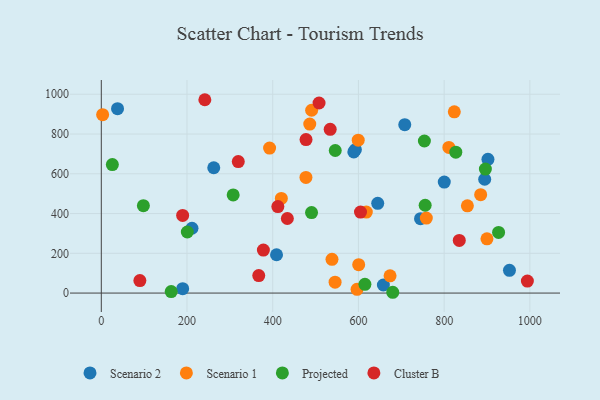
{"axis": {"x": "Experience", "y": "Rating"}, "legend": ["Cluster B", "Projected", "Scenario 1", "Scenario 2"], "data": [{"x": "658.2", "y": 40.5, "type": "Scenario 2"}, {"x": "592.9", "y": 721.4, "type": "Scenario 2"}, {"x": "408.9", "y": 192.7, "type": "Scenario 2"}, {"x": "744.9", "y": 374.2, "type": "Scenario 2"}, {"x": "37.9", "y": 927.5, "type": "Scenario 2"}, {"x": "902.2", "y": 672.6, "type": "Scenario 2"}, {"x": "589.2", "y": 710.1, "type": "Scenario 2"}, {"x": "645.0", "y": 451.6, "type": "Scenario 2"}, {"x": "262.4", "y": 630.4, "type": "Scenario 2"}, {"x": "708.1", "y": 847.1, "type": "Scenario 2"}, {"x": "894.6", "y": 572.6, "type": "Scenario 2"}, {"x": "189.9", "y": 22.1, "type": "Scenario 2"}, {"x": "211.6", "y": 326.1, "type": "Scenario 2"}, {"x": "952.4", "y": 114.2, "type": "Scenario 2"}, {"x": "800.3", "y": 558.4, "type": "Scenario 2"}, {"x": "758.4", "y": 377.0, "type": "Scenario 1"}, {"x": "392.7", "y": 729.2, "type": "Scenario 1"}, {"x": "885.2", "y": 494.7, "type": "Scenario 1"}, {"x": "490.8", "y": 919.5, "type": "Scenario 1"}, {"x": "3.1", "y": 897.5, "type": "Scenario 1"}, {"x": "854.2", "y": 438.7, "type": "Scenario 1"}, {"x": "811.0", "y": 732.8, "type": "Scenario 1"}, {"x": "420.1", "y": 476.0, "type": "Scenario 1"}, {"x": "538.3", "y": 169.8, "type": "Scenario 1"}, {"x": "618.4", "y": 407.5, "type": "Scenario 1"}, {"x": "600.6", "y": 143.0, "type": "Scenario 1"}, {"x": "823.7", "y": 911.8, "type": "Scenario 1"}, {"x": "486.4", "y": 849.9, "type": "Scenario 1"}, {"x": "596.8", "y": 18.8, "type": "Scenario 1"}, {"x": "477.5", "y": 581.9, "type": "Scenario 1"}, {"x": "599.5", "y": 769.2, "type": "Scenario 1"}, {"x": "673.8", "y": 86.8, "type": "Scenario 1"}, {"x": "545.5", "y": 54.6, "type": "Scenario 1"}, {"x": "899.9", "y": 272.9, "type": "Scenario 1"}, {"x": "545.9", "y": 717.1, "type": "Projected"}, {"x": "307.7", "y": 493.5, "type": "Projected"}, {"x": "755.7", "y": 441.6, "type": "Projected"}, {"x": "680.1", "y": 4.0, "type": "Projected"}, {"x": "615.1", "y": 44.1, "type": "Projected"}, {"x": "98.2", "y": 439.4, "type": "Projected"}, {"x": "490.6", "y": 404.9, "type": "Projected"}, {"x": "200.7", "y": 307.2, "type": "Projected"}, {"x": "927.0", "y": 304.9, "type": "Projected"}, {"x": "163.1", "y": 7.6, "type": "Projected"}, {"x": "827.2", "y": 708.6, "type": "Projected"}, {"x": "25.8", "y": 646.5, "type": "Projected"}, {"x": "896.2", "y": 623.8, "type": "Projected"}, {"x": "753.9", "y": 765.0, "type": "Projected"}, {"x": "994.2", "y": 60.4, "type": "Cluster B"}, {"x": "189.8", "y": 390.3, "type": "Cluster B"}, {"x": "477.7", "y": 771.9, "type": "Cluster B"}, {"x": "508.1", "y": 956.1, "type": "Cluster B"}, {"x": "835.3", "y": 265.0, "type": "Cluster B"}, {"x": "378.2", "y": 216.2, "type": "Cluster B"}, {"x": "604.8", "y": 407.4, "type": "Cluster B"}, {"x": "367.4", "y": 88.0, "type": "Cluster B"}, {"x": "90.0", "y": 63.0, "type": "Cluster B"}, {"x": "241.6", "y": 972.5, "type": "Cluster B"}, {"x": "534.1", "y": 823.4, "type": "Cluster B"}, {"x": "412.0", "y": 435.1, "type": "Cluster B"}, {"x": "434.1", "y": 375.0, "type": "Cluster B"}, {"x": "319.6", "y": 661.4, "type": "Cluster B"}]}